Statistical return of the lunatic asylum in Assam - 1912-1932
Year: 1912
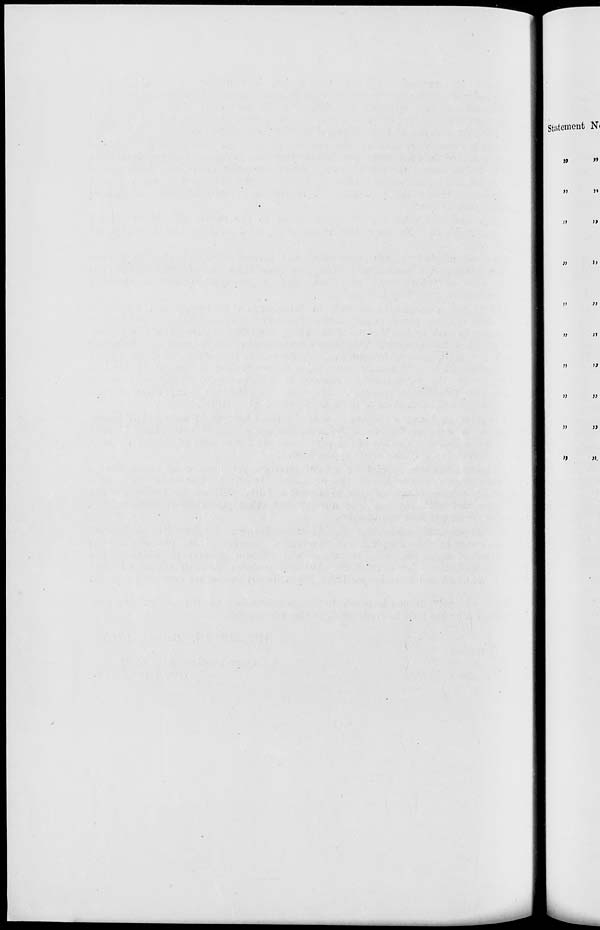
Statement N<
n
»
»
J»
j)
i>
;>
>>
»
»
»
J»
»
>)
»
a
»
J>
>)
».